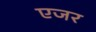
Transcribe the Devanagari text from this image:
एजर